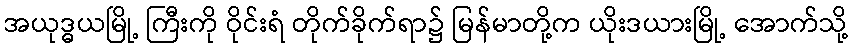
အယုဒ္ဓယမြို့ ကြီးကို ဝိုင်းရံ တိုက်ခိုက်ရာ၌ မြန်မာတို့က ယိုးဒယားမြို့ အောက်သို့